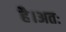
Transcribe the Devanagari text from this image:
है।अतः